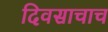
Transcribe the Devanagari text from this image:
दिवसाचाच